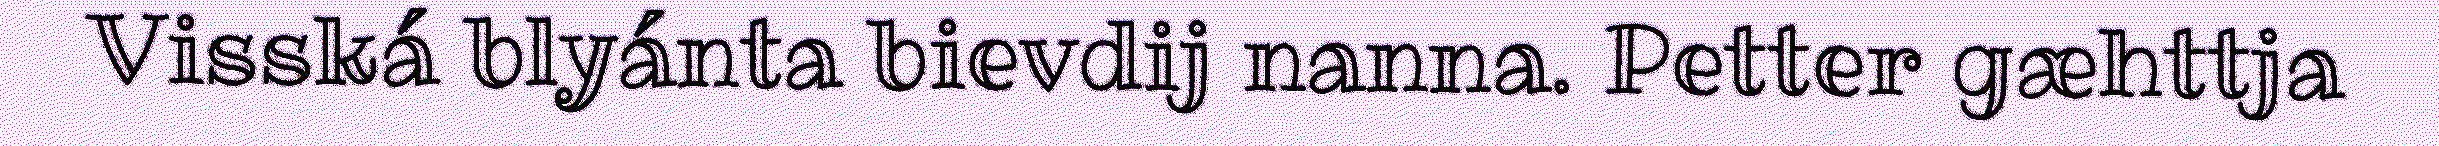
Visská blyánta bievdij nanna. Petter gæhttja